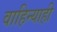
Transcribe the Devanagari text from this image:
वाहिन्याही